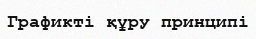
Графикті құру принципі